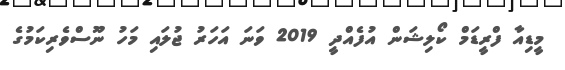
މީޑިއާ ފްރީޑަމް ކޯލިޝަން އުފެއްދީ 2019 ވަނަ އަހަރު ޖުލައި މަހު ނޫސްވެރިކަމުގެ